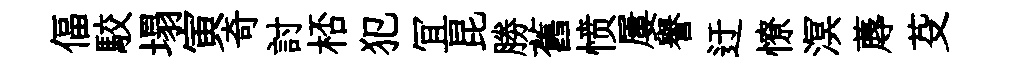
偪駮塌寅奇討桮犯冝昆勝舊愤屢譽迂憭溟蓐芟